Annual report on the Civil Veterinary Department, Burma (including the Insein Veterinary School) - 1932-1941
Year: 1932
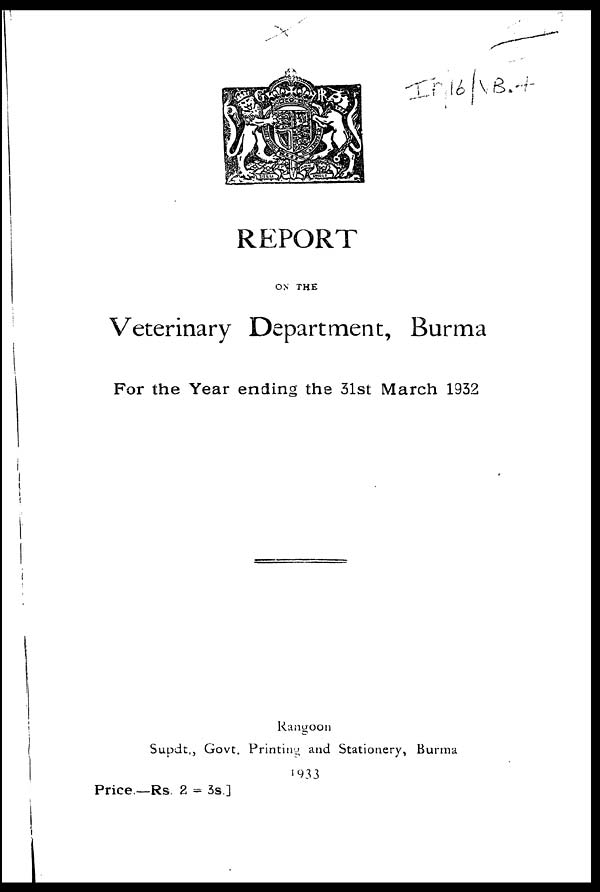
REPORT
ON THE
Veterinary Department, Burma
For the Year ending the 31st March 1932
Rangoon
Supdt., Govt. Printing and Stationery, Burma
1933
Price.—Rs 2 = 3s]